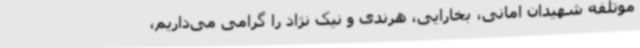
موتلفه شهیدان امانی، بخارایی، هرندی و نیک نژاد را گرامی می‌داریم،